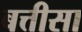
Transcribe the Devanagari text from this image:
बत्तीसा